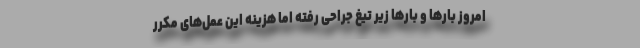
امروز بارها و بارها زیر تیغ جراحی رفته اما هزینه این عمل‌های مکرر